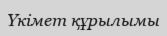
Үкімет құрылымы